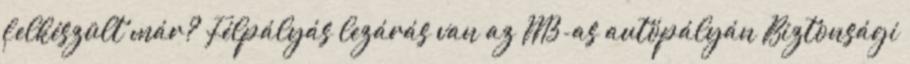
felkészült már? Félpályás lezárás van az M3-as autópályán Biztonsági